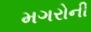
મગરોની